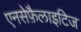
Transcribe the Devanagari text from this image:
एनसेफ़ैलाइटिज